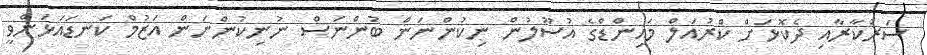
ސަރުކާރާއި ދެކޮޅަށް ކްރުއަލް މައިންޑްގެ އުސޫލުން ނިކުންނަން ބުންނަސް ނުނިކުންނަން އަޒުމް ކަނޑައަޅަންވީ